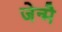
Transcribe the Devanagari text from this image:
जेन्मै